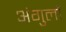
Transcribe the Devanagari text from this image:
अंगुलों